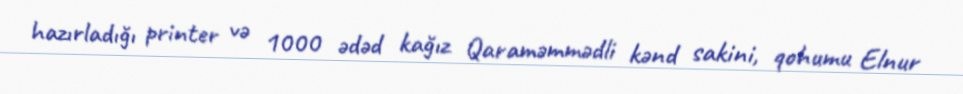
hazırladığı printer və 1000 ədəd kağız Qaraməmmədli kənd sakini, qohumu Elnur